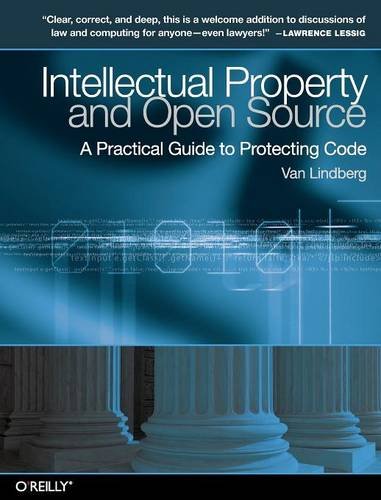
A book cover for Intellectual Property and Open Source: A Practical Guide to Protecting Code; Van Lindberg; Computers & Technology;